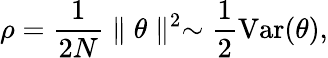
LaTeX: \rho=\frac{1}{2N}\parallel\theta\parallel^{2}\sim\frac{1}{2}{\mathrm{Var}}(\theta),